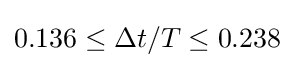
0.136\leq \Delta t/T\leq 0.238